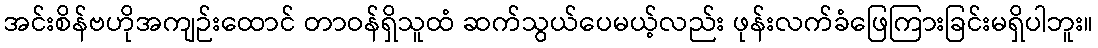
အင်းစိန်ဗဟိုအကျဉ်းထောင် တာဝန်ရှိသူထံ ဆက်သွယ်ပေမယ့်လည်း ဖုန်းလက်ခံဖြေကြားခြင်းမရှိပါဘူး။